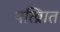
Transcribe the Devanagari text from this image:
पत्व्राित